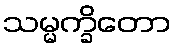
သမ္မက္ခိတော